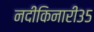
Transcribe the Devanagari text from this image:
नदीकिनारी३५